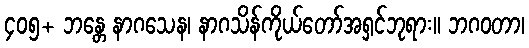
၄၀၅+ ဘန္တေ နာဂသေန၊ နာဂသိန်ကိုယ်တော်အရှင်ဘုရား။ ဘဂဝတာ၊